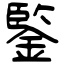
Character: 鍳